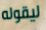
ليقوله